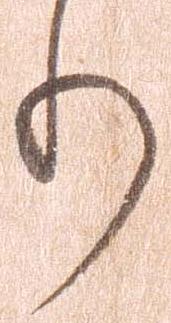
り